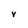
Character: v